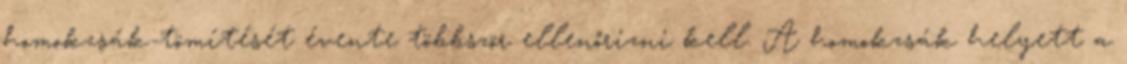
homokzsák-tömítését évente többször ellenőrizni kell. A homokzsák helyett a